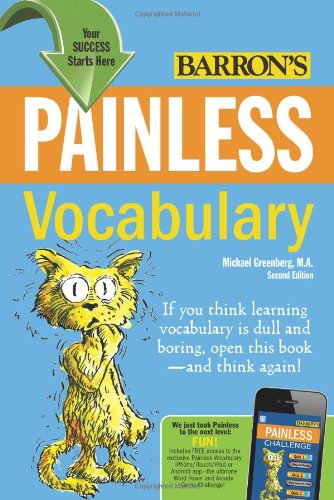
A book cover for Painless Vocabulary (Painless Series); Michael Greenberg; Reference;